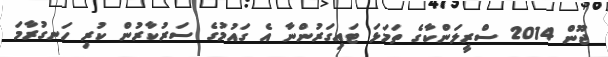
ޖޫން 2014 ސްރީލަންކާގެ ތަމަޅަ ޓައިގަރުންނާ އެ ގައުމުގެ ސަރުކާރުން ކުރި ހަނގުރާމަ